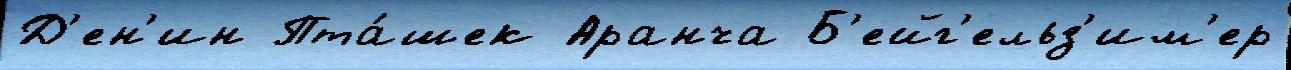
Д'ен'ин Пта́шек Аранча Б'ейг'ельз'им'ер